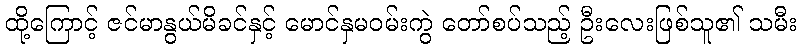
ထို့ကြောင့် ဇင်မာနွယ်မိခင်နှင့် မောင်နှမဝမ်းကွဲ တော်စပ်သည့် ဦးလေးဖြစ်သူ၏ သမီး